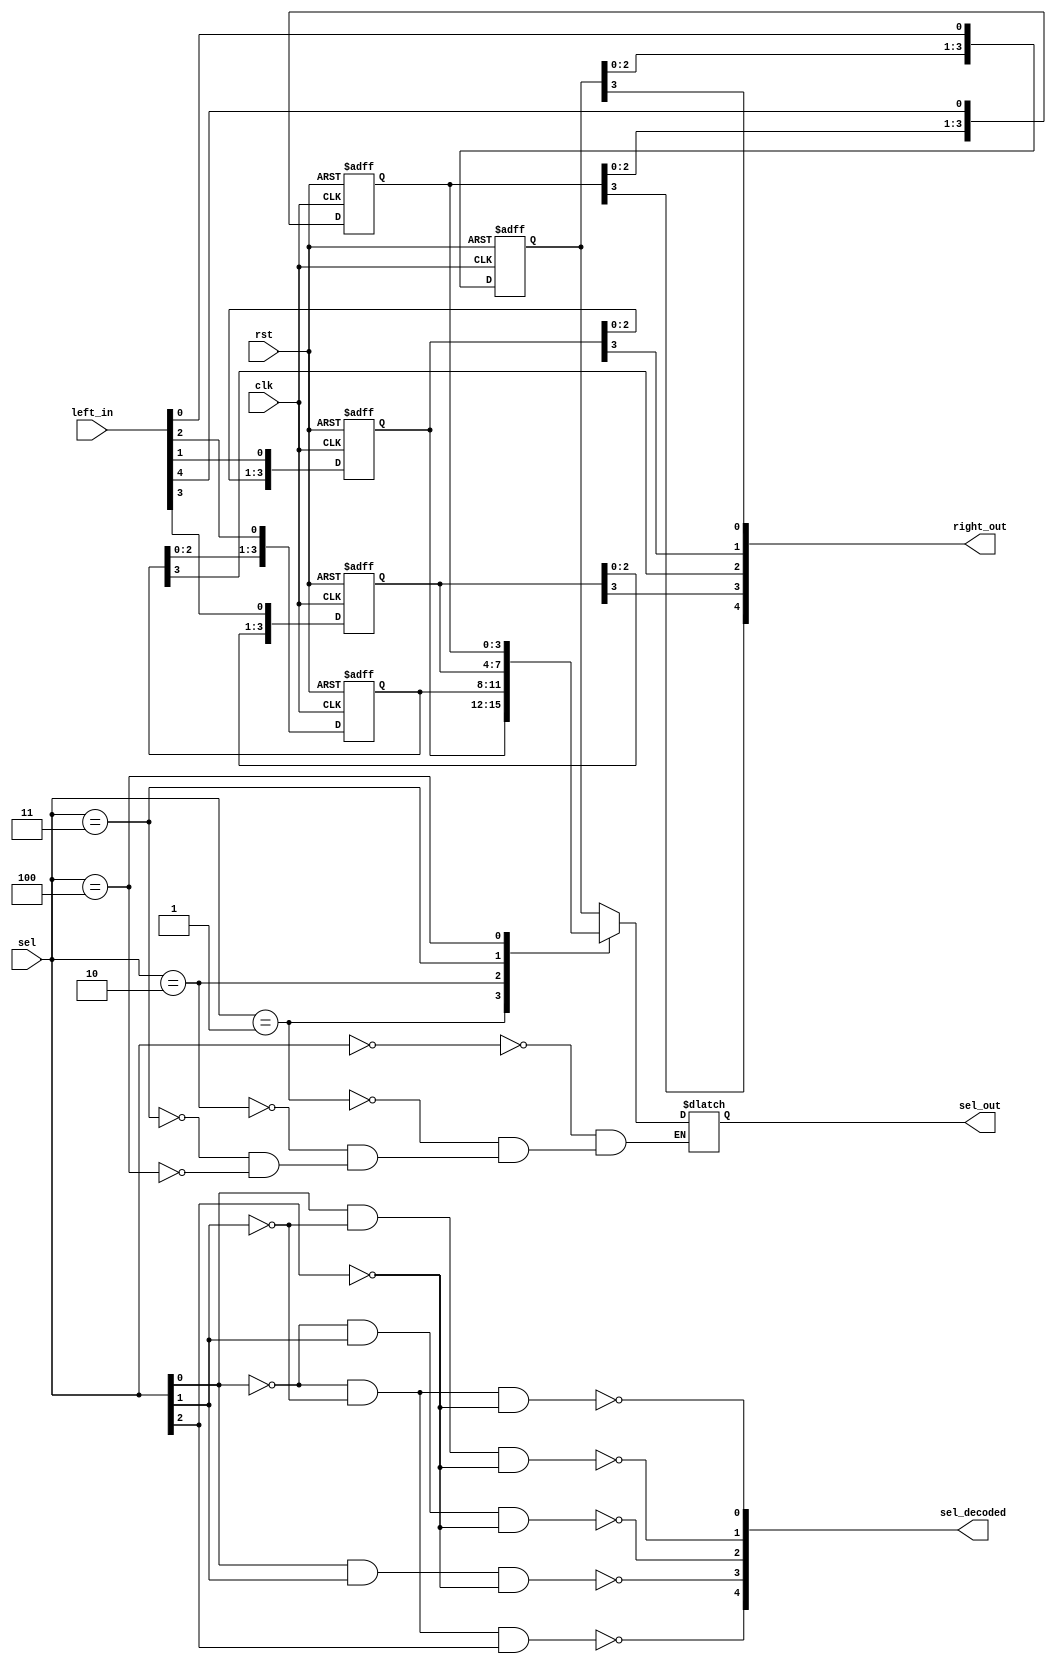
// Generated by MyHDL 0.8


`timescale 1ns/10ps

module CPLD2 (
    clk,
    rst,
    left_in,
    sel,
    sel_out,
    right_out,
    sel_decoded
);


input clk;
input rst;
input [4:0] left_in;
input [2:0] sel;
output [3:0] sel_out;
reg [3:0] sel_out;
output [4:0] right_out;
wire [4:0] right_out;
output [4:0] sel_decoded;
reg [4:0] sel_decoded;

reg [4:0] sel_decoded_before_fit;
reg [3:0] a_a;
reg [3:0] a_c;
reg [3:0] a_b;
reg [3:0] a_e;
reg [3:0] a_d;





always @(posedge clk, posedge rst) begin: CPLD2_A_SHIFTER
    if (rst == 1) begin
        a_a <= 0;
        a_c <= 0;
        a_b <= 0;
        a_e <= 0;
        a_d <= 0;
    end
    else begin
        a_a[4-1:1] <= a_a[3-1:0];
        a_a[0] <= left_in[0];
        a_b[4-1:1] <= a_b[3-1:0];
        a_b[0] <= left_in[1];
        a_c[4-1:1] <= a_c[3-1:0];
        a_c[0] <= left_in[2];
        a_d[4-1:1] <= a_d[3-1:0];
        a_d[0] <= left_in[3];
        a_e[4-1:1] <= a_e[3-1:0];
        a_e[0] <= left_in[4];
    end
end


always @(a_a, a_c, a_b, a_e, a_d, sel) begin: CPLD2_A_SELECTOR
    case (sel)
        'h0: begin
            sel_out = a_a;
        end
        'h1: begin
            sel_out = a_b;
        end
        'h2: begin
            sel_out = a_c;
        end
        'h3: begin
            sel_out = a_d;
        end
        'h4: begin
            sel_out = a_e;
        end
    endcase
end



assign right_out = {a_e[3], a_d[3], a_c[3], a_b[3], a_a[3]};

// if sel == 0:
//     o.next = intbv(1)
// elif sel == 1:
//     o.next = intbv(2)
// elif sel == 2:
//     o.next = intbv(4)
// elif sel == 3:
//     o.next = intbv(8)
// elif sel == 4:
//     o.next = intbv(16)
always @(sel) begin: CPLD2_DEC_DECODER
    sel_decoded_before_fit[0] = ((!sel[0]) && (!sel[1]) && (!sel[2]));
    sel_decoded_before_fit[1] = (sel[0] && (!sel[1]) && (!sel[2]));
    sel_decoded_before_fit[2] = ((!sel[0]) && sel[1] && (!sel[2]));
    sel_decoded_before_fit[3] = (sel[0] && sel[1] && (!sel[2]));
    sel_decoded_before_fit[4] = ((!sel[0]) && (!sel[1]) && sel[2]);
end


always @(sel_decoded_before_fit) begin: CPLD2_FITTOMATRIX
    sel_decoded[0] = (!sel_decoded_before_fit[0]);
    sel_decoded[1] = (!sel_decoded_before_fit[1]);
    sel_decoded[2] = (!sel_decoded_before_fit[2]);
    sel_decoded[3] = (!sel_decoded_before_fit[3]);
    sel_decoded[4] = (!sel_decoded_before_fit[4]);
end

endmodule